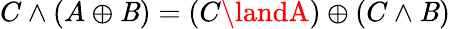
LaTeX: C\land(A\oplus\mathit{B})=(C\landA)\oplus(C\land\mathit{B})